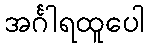
အင်္ဂါရထူပေါ